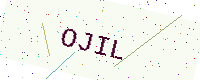
Text: OJIL